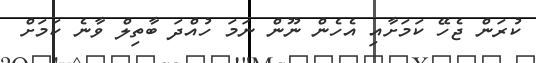
ކުރަން ޖެހޭ ކަމަށާއި އެހެން ނޫން ނަމަ ހުއްދަ ބާތިލް ވާނެ ކަމަށް